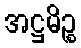
အဋ္ဌမိဉ္စ